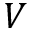
V